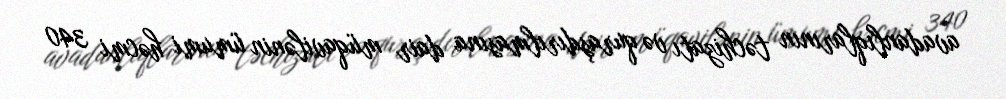
avadanlıqlarının təchizatı və quraşdırılmasına dair müqavilənin ümumi həcmi 340